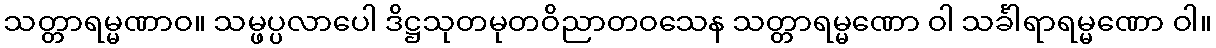
သတ္တာရမ္မဏာဝ။ သမ္ဖပ္ပလာပေါ ဒိဋ္ဌသုတမုတဝိညာတဝသေန သတ္တာရမ္မဏော ဝါ သင်္ခါရာရမ္မဏော ဝါ။